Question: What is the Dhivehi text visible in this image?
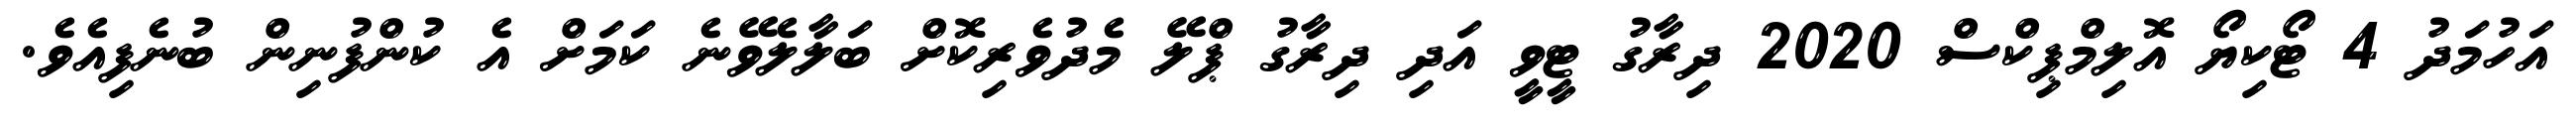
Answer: އަހުމަދު 4 ޓޯކިޔޯ އޮލިމްޕިކްސް 2020 ދިރާގު ޓީވީ އަދި ދިރާގު ޕްލޭ މެދުވެރިކޮށް ބަލާލެވޭނެ ކަމަށް އެ ކުންފުނިން ބުނެފިއެވެ.